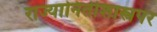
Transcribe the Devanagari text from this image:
राज्यानितीशास्त्रपर